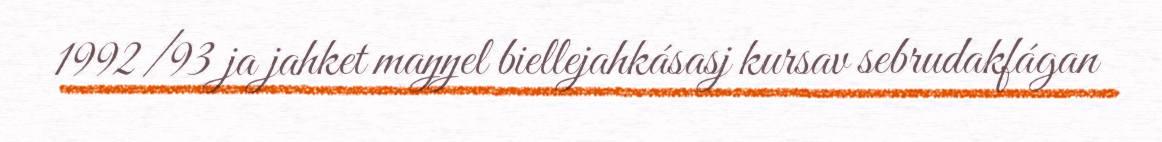
1992/93 ja jahket maŋŋel biellejahkásasj kursav sebrudakfágan